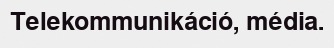
Telekommunikáció, média.